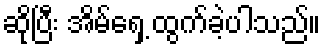
ဆိုပြီး အိမ်ရှေ့ ထွက်ခဲ့ပါသည်။